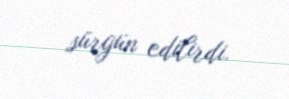
sürgün edilirdi.